Civil Veterinary Department Bihar reports 1936-40 - 1936-1940
Year: 1936
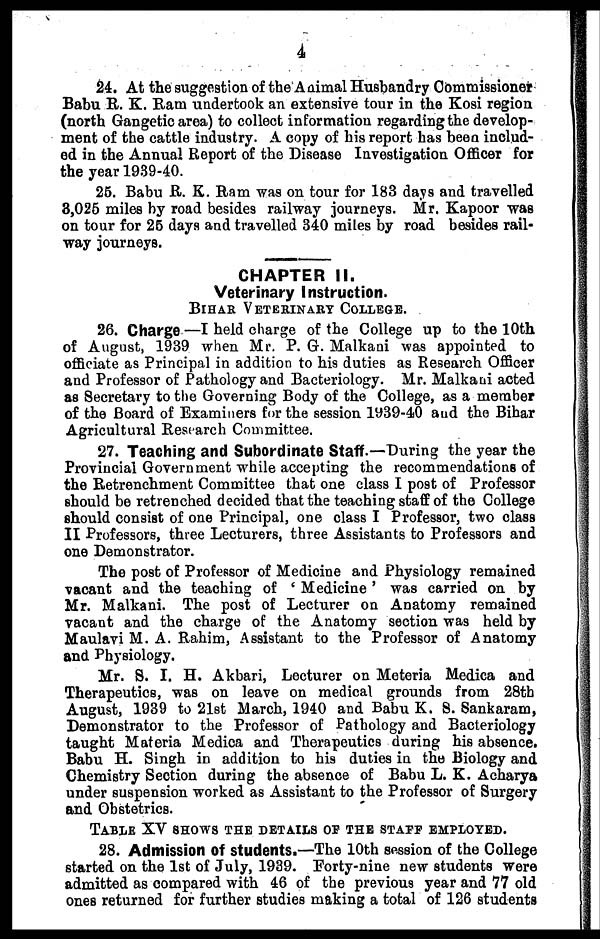
4
24. At the suggestion of the Animal Husbandry Commissioner
Babu R. K. Ram undertook an extensive tour in the Kosi region
(north Gangetic area) to collect information regarding the develop-
ment of the cattle industry. A copy of his report has been includ-
ed in the Annual Report of the Disease Investigation Officer for
the year 1939-40.
25. Babu R. K. Ram was on tour for 183 days and travelled
8,025 miles by road besides railway journeys. Mr. Kapoor was
on tour for 25 days and travelled 340 miles by road besides rail-
way journeys.
CHAPTER II.
Veterinary Instruction.
BIHAR VETERINARY COLLEGE.
26. Charge —I held charge of the College up to the 10th
of August, 1939 when Mr. P. G. Malkani was appointed to
officiate as Principal in addition to his duties as Research Officer
and Professor of Pathology and Bacteriology. Mr. Malkani acted
as Secretary to the Governing Body of the College, as a member
of the Board of Examiners for the session 1939-40 and the Bihar
Agricultural Research Committee.
27. Teaching and Subordinate Staff.—During the year the
Provincial Government while accepting the recommendations of
the Retrenchment Committee that one class I post of Professor
should be retrenched decided that the teaching staff of the College
should consist of one Principal, one class I Professor, two class
II Professors, three Lecturers, three Assistants to Professors and
one Demonstrator.
The post of Professor of Medicine and Physiology remained
vacant and the teaching of ' Medicine ' was carried on by
Mr. Malkani. The post of Lecturer on Anatomy remained
vacant and the charge of the Anatomy section was held by
Maulavi M. A. Rahim, Assistant to the Professor of Anatomy
and Physiology.
Mr. S. I. H. Akbari, Lecturer on Meteria Medica and
Therapeutics, was on leave on medical grounds from 28tb
August, 1939 to 21st March, 1940 and Babu K. S. Sankaram,
Demonstrator to the Professor of Pathology and Bacteriology
taught Materia Medica and Therapeutics during his absence.
Babu H. Singh in addition to his duties in the Biology and
Chemistry Section during the absence of Babu L. K. Acharya
under suspension worked as Assistant to the Professor of Surgery
and Obstetrics.
TABLE XV SHOWS THE DETAILS OF THE STAFF EMPLOYED.
28. Admission of students.—The 10th session of the College
started on the 1st of July, 1939. Forty-nine new students were
admitted as compared with 46 of the previous year and 77 old
ones returned for further studies making a total of 126 students